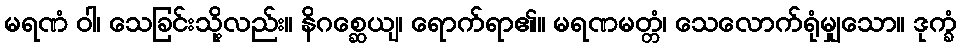
မရဏံ ဝါ၊ သေခြင်းသို့လည်း။ နိဂစ္ဆေယျ၊ ရောက်ရာ၏။ မရဏမတ္တံ၊ သေလောက်ရုံမျှသော။ ဒုက္ခံ